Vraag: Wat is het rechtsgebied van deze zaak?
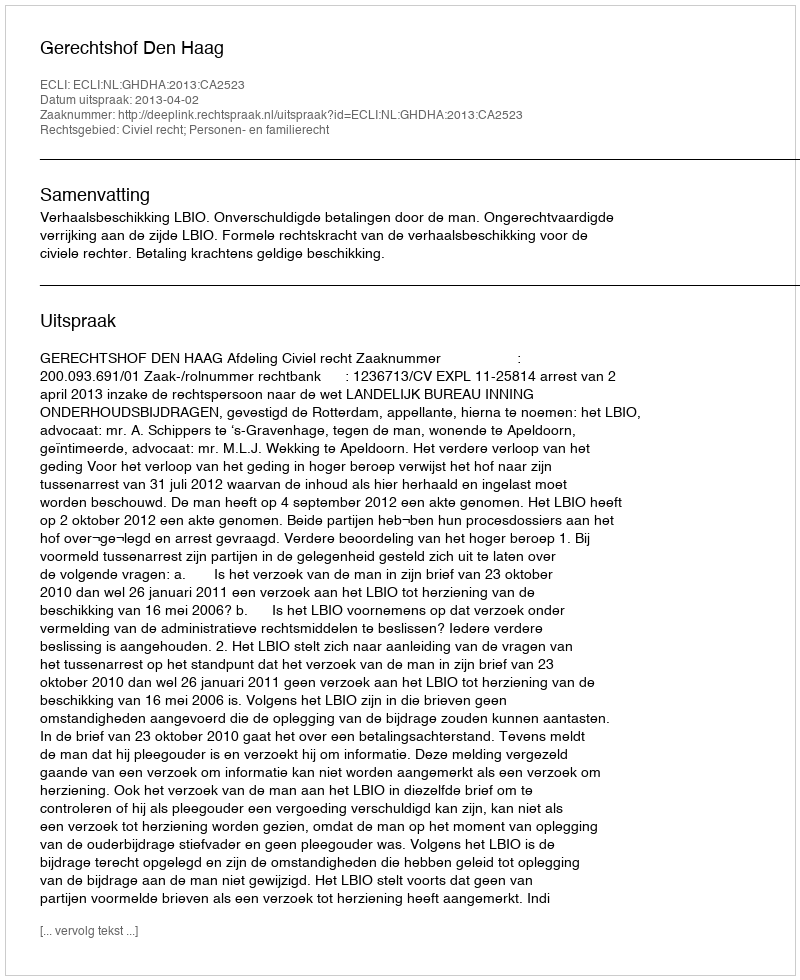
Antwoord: Civiel recht; Personen- en familierecht